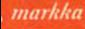
markka